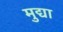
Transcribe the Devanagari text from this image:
मुद्या